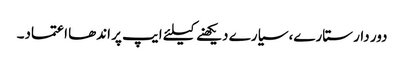
دور دار ستارے، سیارے دیکھنے کیلئے ایپ پر اندھا اعتماد۔